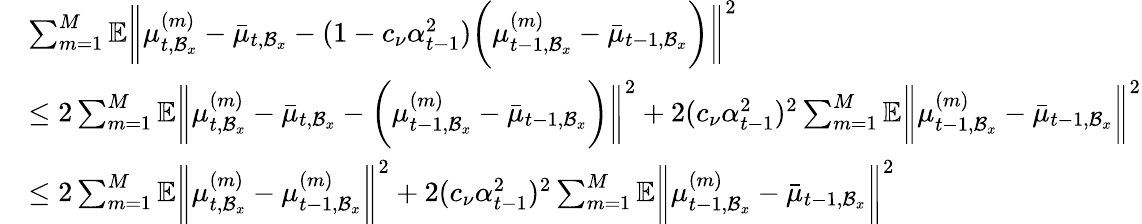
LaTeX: \begin{array}{rl}&{\sum_{m=1}^{M}\mathbb{E}\bigg\| \mu_{t,\mathcal{B}_{x}}^{(m)}-\bar{\mu}_{t,\mathcal{B}_{x}}-(1-c_{\nu}\alpha_{t-1}^{2})\bigg(\mu_{t-1,\mathcal{B}_{x}}^{(m)}-\bar{\mu}_{t-1,\mathcal{B}_{x}}\bigg)\bigg\| ^{2}}\\ &{\leq 2\sum_{m=1}^{M}\mathbb{E}\bigg\| \mu_{t,\mathcal{B}_{x}}^{(m)}-\bar{\mu}_{t,\mathcal{B}_{x}}-\bigg(\mu_{t-1,\mathcal{B}_{x}}^{(m)}-\bar{\mu}_{t-1,\mathcal{B}_{x}}\bigg)\bigg\| ^{2}+2(c_{\nu}\alpha_{t-1}^{2})^{2}\sum_{m=1}^{M}\mathbb{E}\bigg\| \mu_{t-1,\mathcal{B}_{x}}^{(m)}-\bar{\mu}_{t-1,\mathcal{B}_{x}}\bigg\| ^{2}}\\ &{\leq 2\sum_{m=1}^{M}\mathbb{E}\bigg\| \mu_{t,\mathcal{B}_{x}}^{(m)}-\mu_{t-1,\mathcal{B}_{x}}^{(m)}\bigg\| ^{2}+2(c_{\nu}\alpha_{t-1}^{2})^{2}\sum_{m=1}^{M}\mathbb{E}\bigg\| \mu_{t-1,\mathcal{B}_{x}}^{(m)}-\bar{\mu}_{t-1,\mathcal{B}_{x}}\bigg\| ^{2}}\end{array}